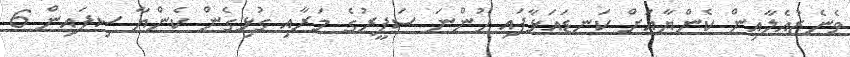
ވެނެޒުއެލާއިން ކެންޔާއަށް ކަނޑައަޅާފައި ހުންނަ ސަފީރުގެ މަރާއި ގުޅިގެން ކެންޔާ ސިފައިން 6